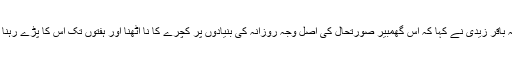
علامہ باقر زیدی نے کہا کہ اس گھمبیر صورتحال کی اصل وجہ روزانہ کی بنیادوں پر کچرے کا نا اٹھنا اور ہفتوں تک اس کا پڑے رہنا ہے ۔